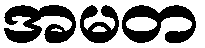
အမတ